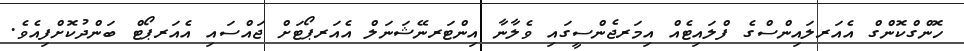
ހޮންގްކޮންގް އެއަރލައިންސްގެ ފްލައިޓެއް އިމަރޖެންސީގައި ވެލާނާ އިންޓަރނޭޝަނަލް އެއަރޕޯޓަށް ޖައްސައި އެއަރޕޯޓް ބަންދުކޮށްފިއެވެ.